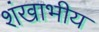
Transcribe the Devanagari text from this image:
शंखाभीय